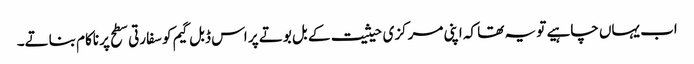
اب یہاں چاہیے تو یہ تھا کہ اپنی مرکزی حیثیت کے بل بوتے پر اس ڈبل گیم کو سفارتی سطح پر ناکام بناتے۔